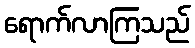
ရောက်လာကြသည်